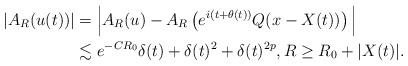
LaTeX: \begin{align*}|A_R(u(t))|&= \Big| A_R(u)- A_R \left( e^{i(t+ \theta(t))} Q(x -X(t)) \right) \Big| \\& \lesssim e^{-CR_0} \delta(t) + \delta(t)^2+ \delta(t)^{2p}, R \ge R_0 + |X(t)|.\end{align*}